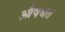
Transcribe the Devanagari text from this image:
औषधत